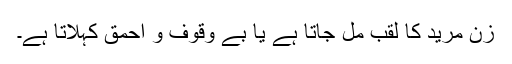
زن مرید کا لقب مل جاتا ہے یا بے وقوف و احمق کہلاتا ہے۔